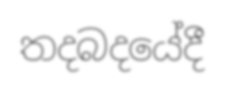
තදබදයේදී